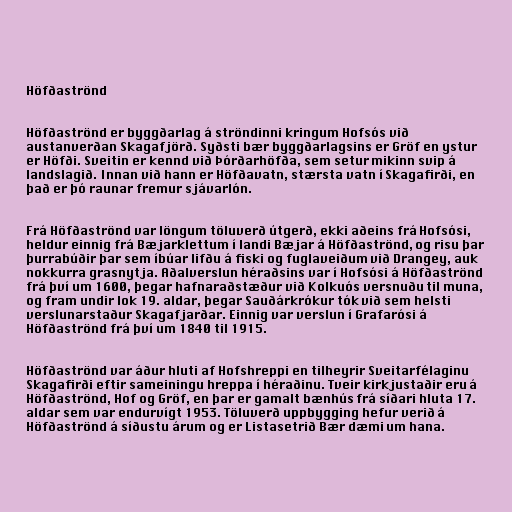
Höfðaströnd

Höfðaströnd er byggðarlag á ströndinni kringum Hofsós við
austanverðan Skagafjörð. Syðsti bær byggðarlagsins er Gröf en ystur
er Höfði. Sveitin er kennd við Þórðarhöfða, sem setur mikinn svip á
landslagið. Innan við hann er Höfðavatn, stærsta vatn í Skagafirði, en
það er þó raunar fremur sjávarlón.

Frá Höfðaströnd var löngum töluverð útgerð, ekki aðeins frá Hofsósi,
heldur einnig frá Bæjarklettum í landi Bæjar á Höfðaströnd, og risu þar
þurrabúðir þar sem íbúar lifðu á fiski og fuglaveiðum við Drangey, auk
nokkurra grasnytja. Aðalverslun héraðsins var í Hofsósi á Höfðaströnd
frá því um 1600, þegar hafnaraðstæður við Kolkuós versnuðu til muna,
og fram undir lok 19. aldar, þegar Sauðárkrókur tók við sem helsti
verslunarstaður Skagafjarðar. Einnig var verslun í Grafarósi á
Höfðaströnd frá því um 1840 til 1915.

Höfðaströnd var áður hluti af Hofshreppi en tilheyrir Sveitarfélaginu
Skagafirði eftir sameiningu hreppa í héraðinu. Tveir kirkjustaðir eru á
Höfðaströnd, Hof og Gröf, en þar er gamalt bænhús frá síðari hluta 17.
aldar sem var endurvígt 1953. Töluverð uppbygging hefur verið á
Höfðaströnd á síðustu árum og er Listasetrið Bær dæmi um hana.